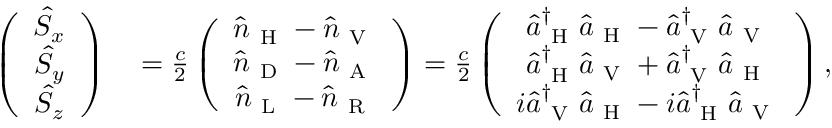
\begin{array} { r l } { \left( \begin{array} { c } { \hat { S } _ { x } } \\ { \hat { S } _ { y } } \\ { \hat { S } _ { z } } \end{array} \right) } & { { } = \frac { c } { 2 } \left( \begin{array} { c } { \hat { n } _ { \mathrm { ~ H ~ } } - \hat { n } _ { \mathrm { ~ V ~ } } } \\ { \hat { n } _ { \mathrm { ~ D ~ } } - \hat { n } _ { \mathrm { ~ A ~ } } } \\ { \hat { n } _ { \mathrm { ~ L ~ } } - \hat { n } _ { \mathrm { ~ R ~ } } } \end{array} \right) = \frac { c } { 2 } \left( \begin{array} { c } { \hat { a } _ { \mathrm { ~ H ~ } } ^ { \dagger } \hat { a } _ { \mathrm { ~ H ~ } } - \hat { a } _ { \mathrm { ~ V ~ } } ^ { \dagger } \hat { a } _ { \mathrm { ~ V ~ } } } \\ { \hat { a } _ { \mathrm { ~ H ~ } } ^ { \dagger } \hat { a } _ { \mathrm { ~ V ~ } } + \hat { a } _ { \mathrm { ~ V ~ } } ^ { \dagger } \hat { a } _ { \mathrm { ~ H ~ } } } \\ { i \hat { a } _ { \mathrm { ~ V ~ } } ^ { \dagger } \hat { a } _ { \mathrm { ~ H ~ } } - i \hat { a } _ { \mathrm { ~ H ~ } } ^ { \dagger } \hat { a } _ { \mathrm { ~ V ~ } } } \end{array} \right) , } \end{array}